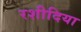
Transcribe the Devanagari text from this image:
रशीदिया